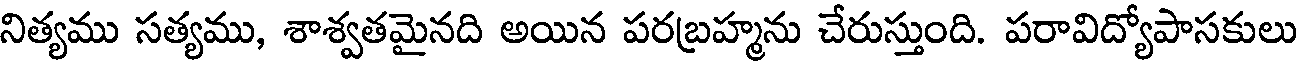
నిత్యము సత్యము, శాశ్వతమైనది అయిన పరబ్రహ్మను చేరుస్తుంది. పరావిద్యోపాసకులు